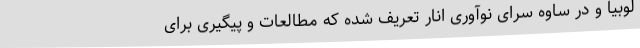
لوبیا و در ساوه سرای نوآوری انار تعریف شده که مطالعات و پیگیری برای